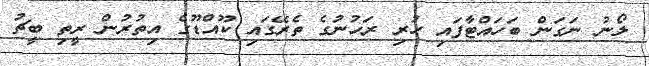
ލޯނު ނަގަން ބަހައްޓާފައި ހުރި ރަހުނުގެ ތެރޭގައި ކޫއްޑޫގެ އިތުރުން ރީތި ބީޗު